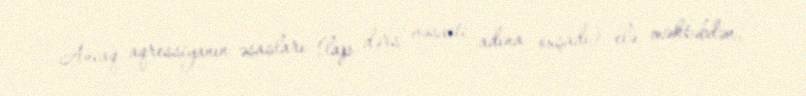
Ancaq aqressiyanın əsasları (lap dərs vəsaiti adına oxşadı) elə məktəbdən,